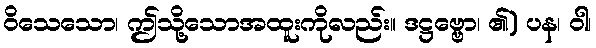
ဝိသေသော၊ ဤသို့သောအထူးကိုလည်း။ ဒဋ္ဌဗ္ဗော၊ ၏) ပန၊ ဝါ၊